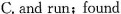
C. and run;found